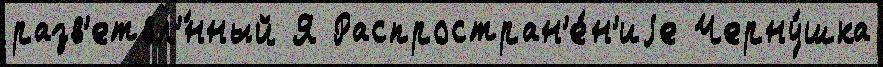
разв'етвл'́нный Я Распростран'е́н'иjе Черну́шка